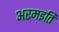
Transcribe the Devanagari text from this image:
अरमइति